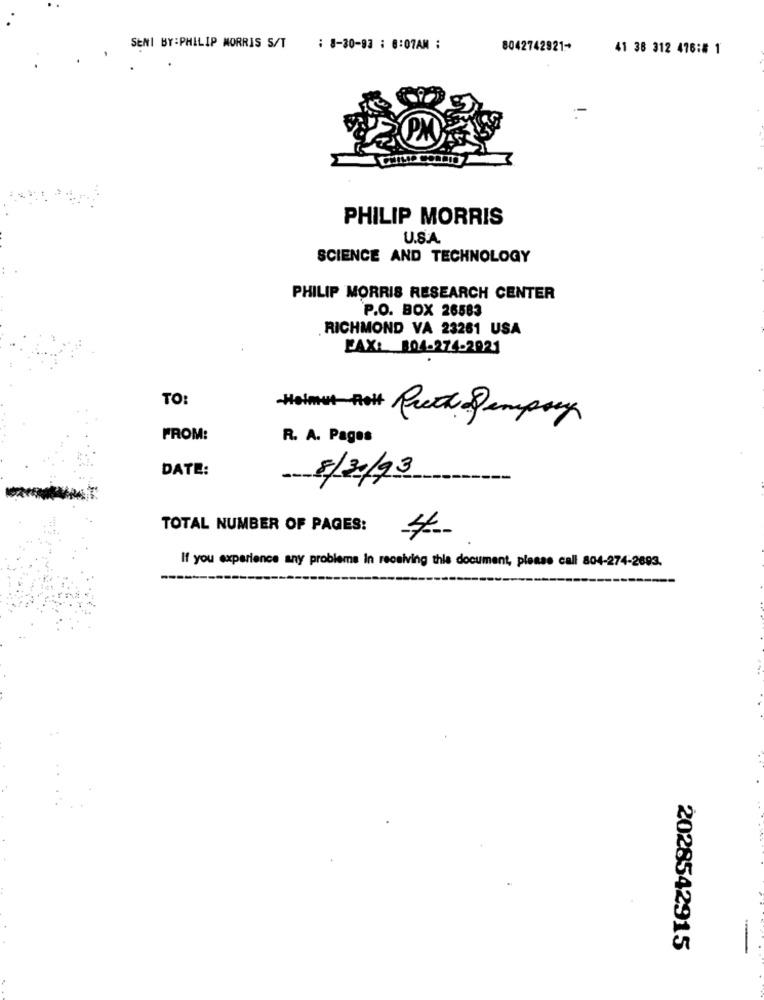
SENI BY:PHILIP MORRIS S/T
: 8-30-93 : 8:07AM :
8042742921*
41 38 312 476:# 1
PHILIP MORRIS
U.S.A
SCIENCE AND TECHNOLOGY
PHILIP MORRIS RESEARCH CENTER
P.O. BOX 26583
RICHMOND VA 23261 USA
FAX: 804-274-2021
TO:
#### Ruth Dempsey
FROM:
R. A. Pages
DATE:
8/2/93
TOTAL NUMBER OF PAGES:
4
If you experience any problems in receiving this document, please call 804-274-2693.
2028542915
-